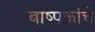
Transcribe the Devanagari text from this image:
बाष्पकांचे